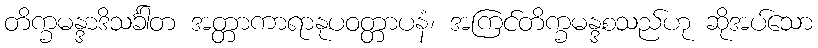
တိက္ခမန္ဒာဒိသင်္ခါတ အတ္တာကာရာနုပဝတ္တာပနံ၊ အကြင်တိက္ခမန္ဒစသည်ဟု ဆိုအပ်သော